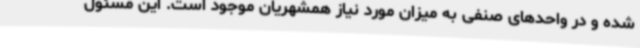
شده و در واحدهای صنفی به میزان مورد نیاز همشهریان موجود است. این مسئول